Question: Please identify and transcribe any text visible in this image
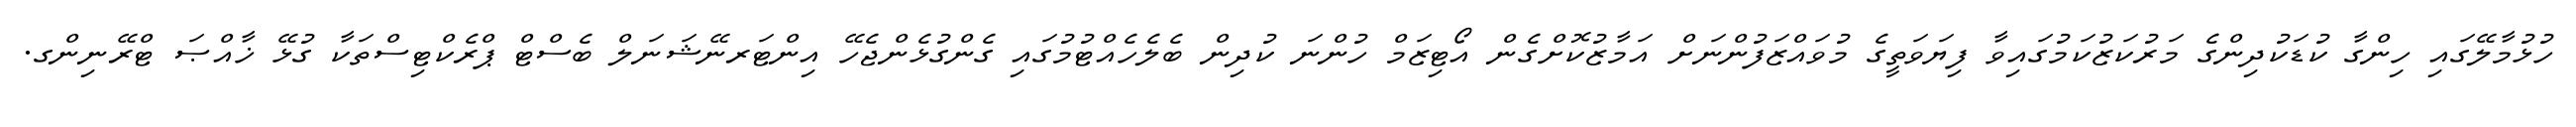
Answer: ހުޅުމާލޭގައި ހިންގާ ކުޑަކުދިންގެ މަރުކަޒުކަމުގައިވާ ފިޔަވަތީގެ މުވައްޒަފުންނަށް އަމާޒުކޮށްގެން އޯޓިޒަމް ހުންނަ ކުދިން ބެލެހެއްޓުމުގައި ގެންގުޅެންޖެހޭ އިންޓަރނޭޝަނަލް ބެސްޓް ޕްރެކްޓިސްތަކާ ގުޅޭ ޚާއްޞަ ޓްރޭނިންގ.